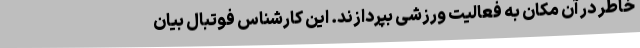
خاطر در آن مکان به فعالیت ورزشی بپردازند. این کارشناس فوتبال بیان